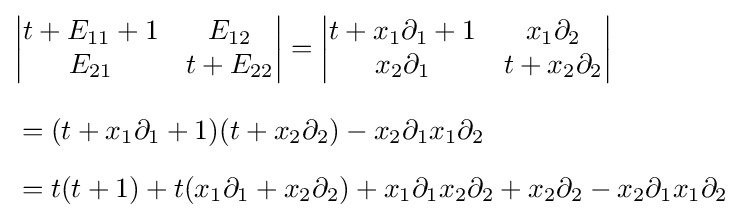
{\begin{aligned}&{\begin{vmatrix}t+E_{11}+1&E_{12}\\E_{21}&t+E_{22}\end{vmatrix}}={\begin{vmatrix}t+x_{1}\partial _{1}+1&x_{1}\partial _{2}\\x_{2}\partial _{1}&t+x_{2}\partial _{2}\end{vmatrix}}\\[8pt]&=(t+x_{1}\partial _{1}+1)(t+x_{2}\partial _{2})-x_{2}\partial _{1}x_{1}\partial _{2}\\[6pt]&=t(t+1)+t(x_{1}\partial _{1}+x_{2}\partial _{2})+x_{1}\partial _{1}x_{2}\partial _{2}+x_{2}\partial _{2}-x_{2}\partial _{1}x_{1}\partial _{2}\end{aligned}}